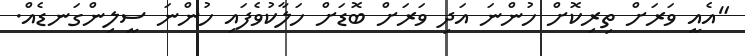
"އެއީ ވަރަށް ތިރިކޮށް ހުންނަ އަދި ވަރަށް ބޮޑަށް ހަލާކުވެފައި ހުންނަ ސީލިންގަނޑެއް.